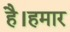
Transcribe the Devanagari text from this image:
है।हमार